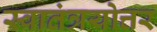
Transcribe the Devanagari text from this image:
स्वातंत्रयोत्तर